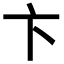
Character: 卞